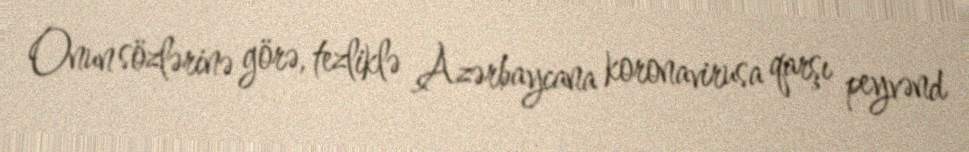
Onun sözlərinə görə, tezliklə Azərbaycana koronavirusa qarşı peyvənd